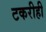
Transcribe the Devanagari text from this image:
टकरीही